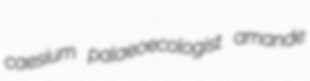
caesium palaeoecologist amande